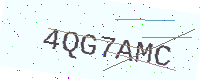
Text: 4QG7AMC